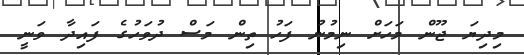
މިދިޔަ ޖޫން މަހަށް ނިމުނު ފަހު ތިން މަސް ދުވަހުގެ ފައިދާ ވަނީ